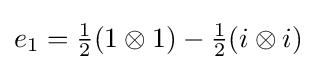
e_{1}={\tfrac {1}{2}}(1\otimes 1)-{\tfrac {1}{2}}(i\otimes i)